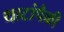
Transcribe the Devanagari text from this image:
थाटांपैकी